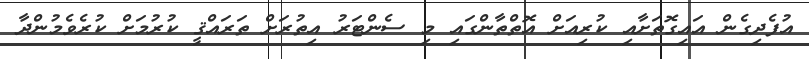
އުފެދިގެން އައިގޮތަށާއި ކުރިއަށް އޮތްތާންގައި މި ސެންޓަރު އިތުރަށް ތަރައްޤީ ކުރުމަށް ކުރެވެމުންދާ